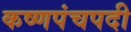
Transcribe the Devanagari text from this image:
कष्णपंचपदी